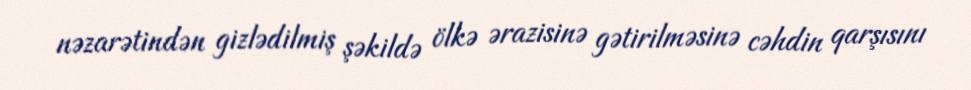
nəzarətindən gizlədilmiş şəkildə ölkə ərazisinə gətirilməsinə cəhdin qarşısını